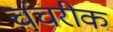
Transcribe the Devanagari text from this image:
चंचरीक